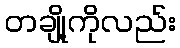
တချို့ကိုလည်း